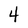
Character: 4